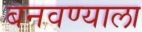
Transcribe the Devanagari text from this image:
बनवण्याला